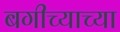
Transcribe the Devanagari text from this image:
बगीच्याच्या